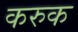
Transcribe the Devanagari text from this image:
करुक